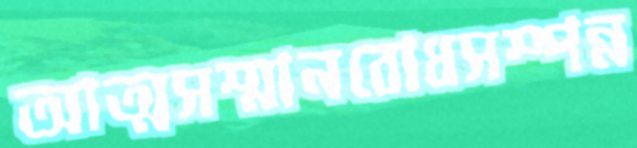
আত্মসম্মানবোধসম্পন্ন